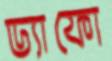
ড্যাফো